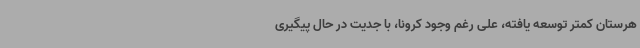
هرستان کمتر توسعه یافته، علی رغم وجود کرونا، با جدیت در حال پیگیری